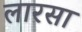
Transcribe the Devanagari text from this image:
लारसा